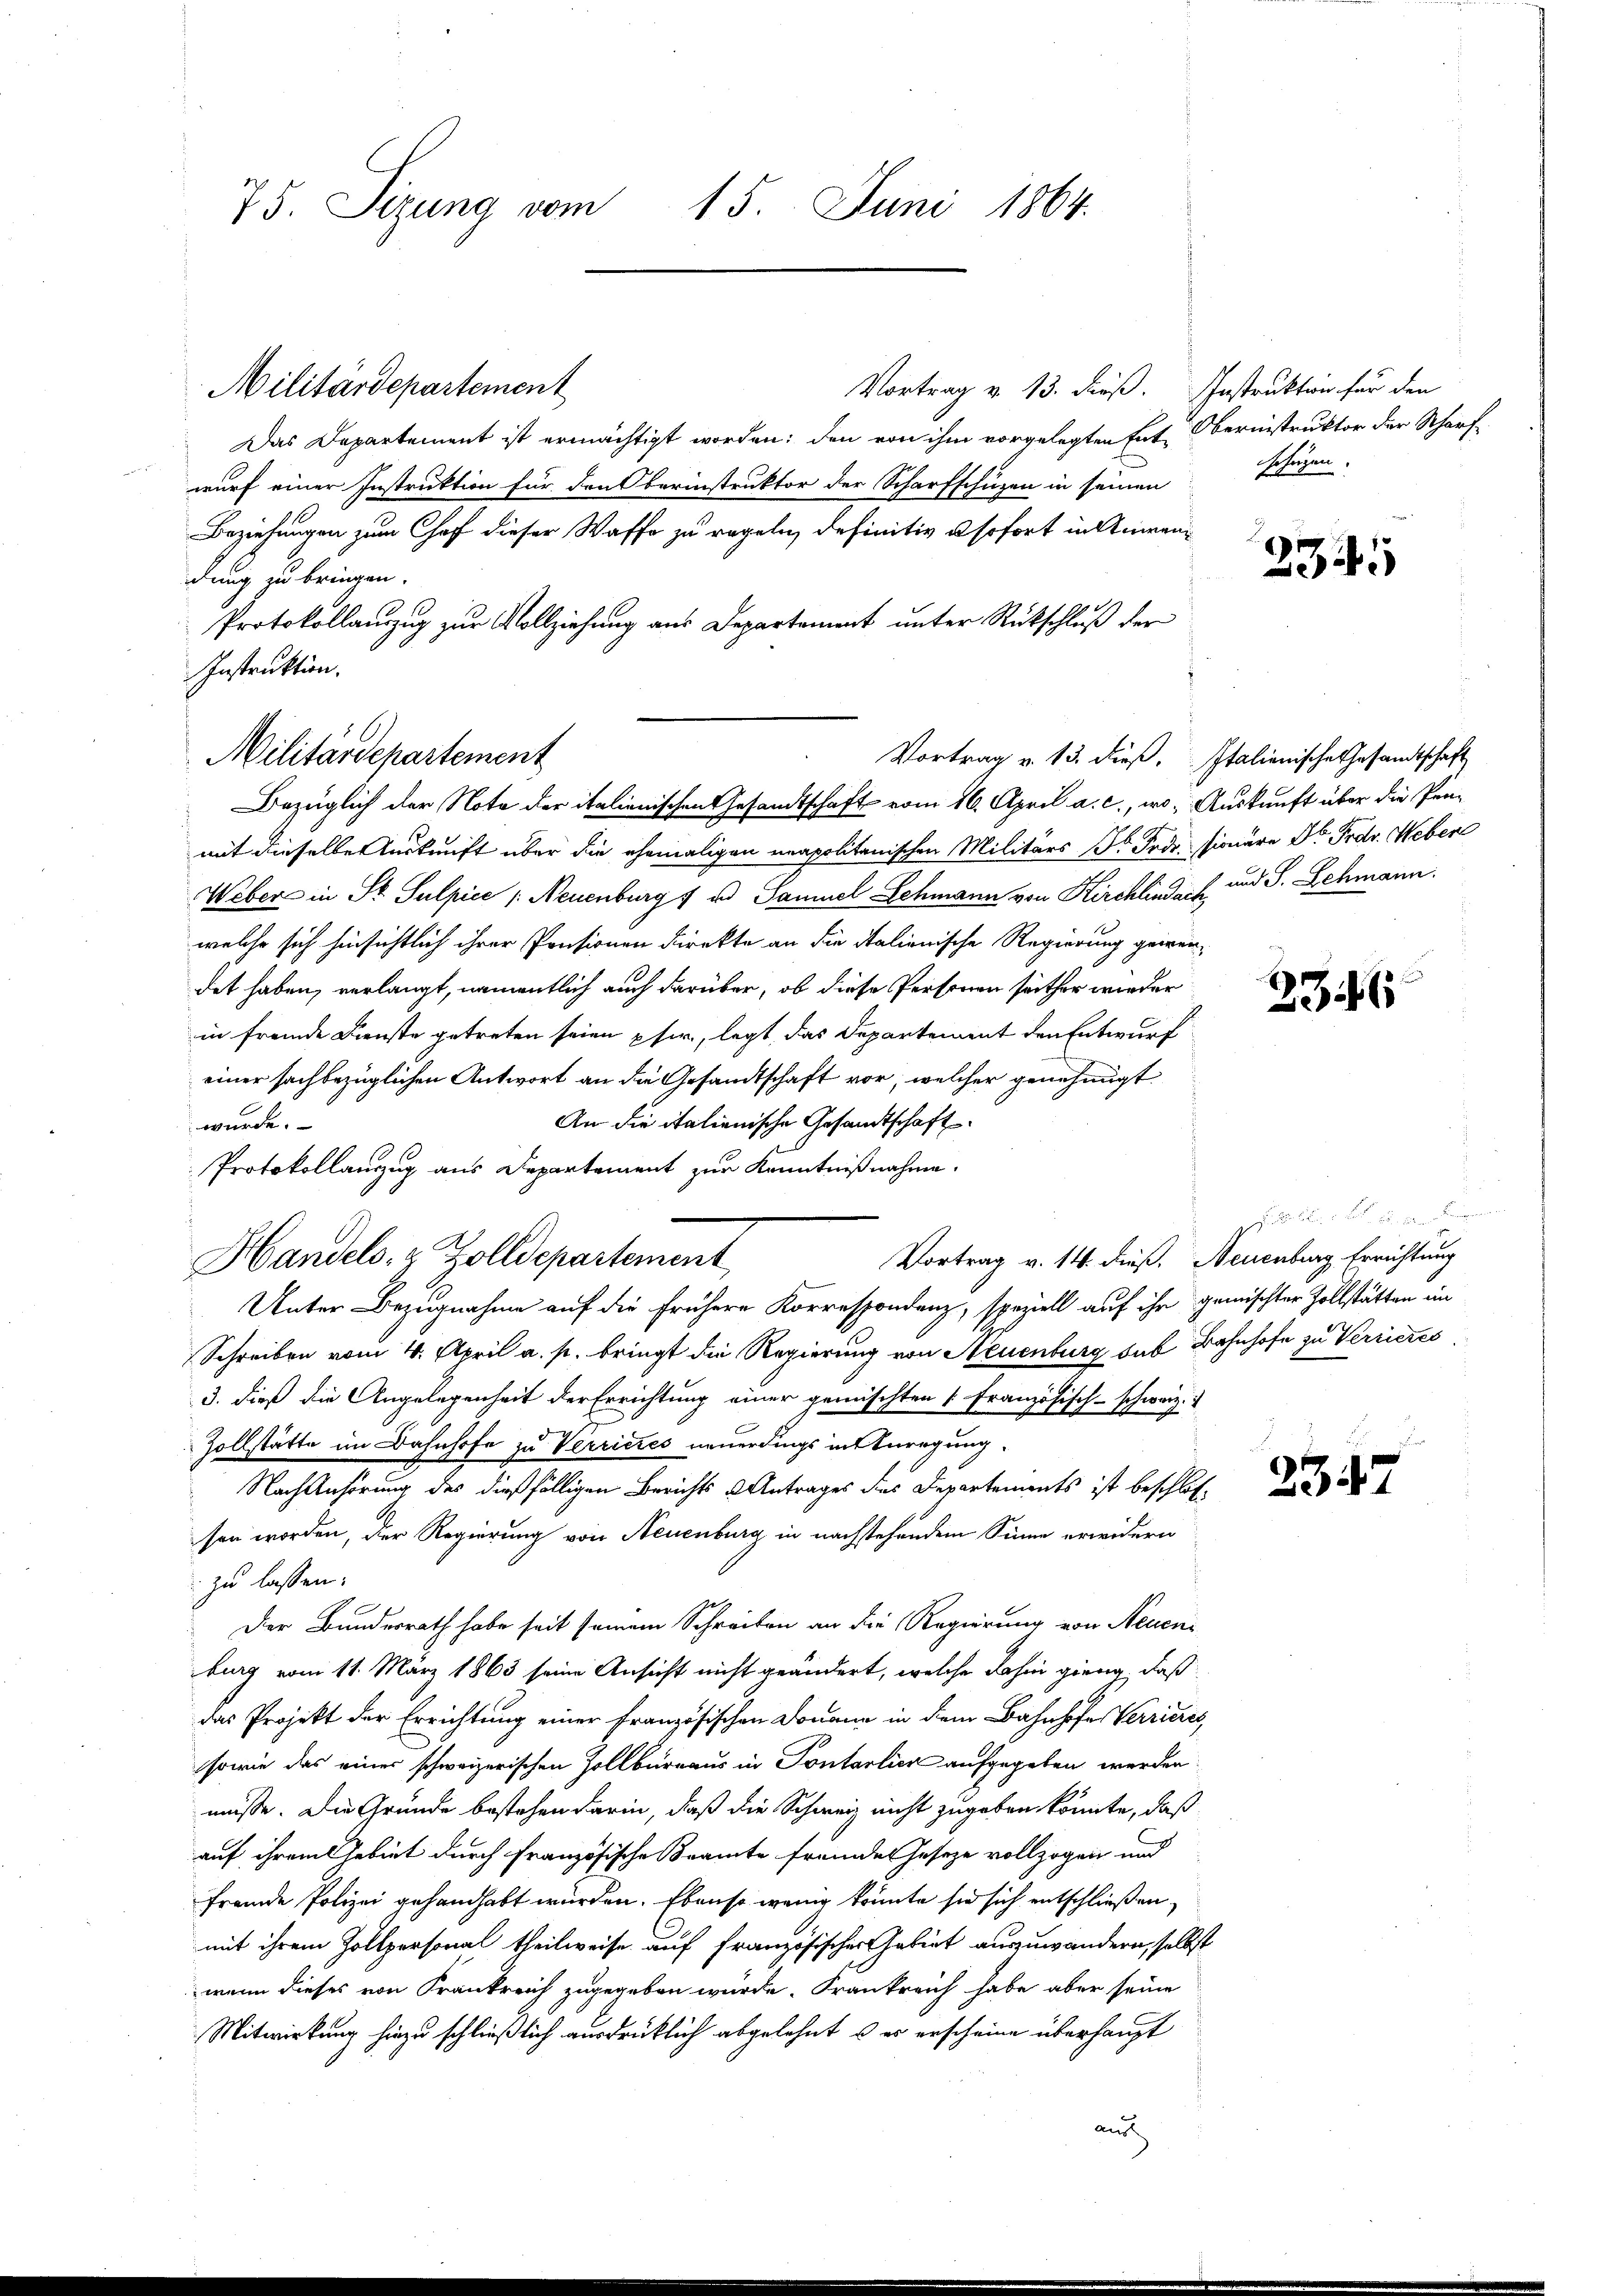
75. Sizung vom 15. Juni 1864.

Vortrag v. 13. dieß. Instruktion für den
Das Departement ist ermächtigt worden; den von ihm vorgelegten Ent Obernistruktor der Scharf
wurf einer Instruktion für den Oberinstruktor der Scharfschüzen in seinen
Beziehungen zum Chof dieser Waffe zu regeln definitiv sofort in Anwendung zu bringen.
Protokollauszug zur Vollziehung aus Departament unter Rückschluß der
Instruktion.
mit dieselbe Auskunft über die ehemaligen unapolitanischen Militärs Sr. Todessionäre Dr. Frdr. Weber
Weber in St. Sulpice /: Neuenburg f ud Samuel Schmann von Kirchlindach und S. Schmann.
welche sich hinsichtlich ihrer Pensionen Direkte an die Italienische Regierung geren
det haben, verlangt, namentlich auch darüber, ob diese Personen seither wieder
in fremde Dienste getreten seien pfer, legt, das Departement den Entwurf
einer sachbezüglichen Antwort an die Gesandtschaft vor, welcher genehmigt
An die italienische Gesandtschaft.
wurde.
Protokollanzug aus Departement zur Kenntnißnahme.
Vortrag v. 14. dieß, Neuenburg Errichtung
Handels- & Zolldepartement
Unter Bezugnahme auf die frühere Korrespondenz, speziell auf ihr gemischter Zollstätten im
Schreiben vom 4. April a. p. bringt die Regierung von Neuenburg sub Bahnhofe zu Verrieres
3. dieß die Angelegenheit der Errichtung einer gemischten [Französisch-schweiz.
Zollstätte im Bahnhofe zu Verrieres neuerdings intenregung.
Nach Anhörung des dießfälligen Berichts Antrages des Departements ist beschlos
sen worden, der Regierung von Neuenburg in nachstehendem Sinne erwidern
zu lassen.
Der Bundesrath habe seit seinem Schreiben an die Regierung von Neuen
burg vom 11. März 1863 seine Ansicht nicht geändert, welche dahin gieng, daß
das Projekt der Errichtung einer Französischen Donau in dem Bahnhofes Verriere
sowie das einer schweizerischen Zollbüreaus in Pontarlier aufgegeben werden
müsse. Die Gründe bestehen darin, daß die Schweiz nicht zugeben könnte, daß
auf ihrem Gebiet durch französische Beamte fremdes Geseze vollzogen und
fremde Polizei gehandhabt wurden. Ebenso wenig könnte sie sich entschließen,
mit ihrem Zollpersonal theilweise auf Französischer Gebiet auszuwandern, soll,
wenn dieses von Krankreich zugegeben würde. Frankreich habe aber seine
Mitwirkung hiezu schließlich ausdrücklich abgelehnt u es erscheine überhaupt
aus

Militärdepartement

Militärdepartement

Vortrag v. 13. dieß,
Bezüglich der Note der italienischen Gesandtschaft vom 16. April a. c., wo Auskunft über die Pen-

chüzen

234.

Italienische Gesandtschaft

236

den Baugen

2347